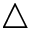
\triangle